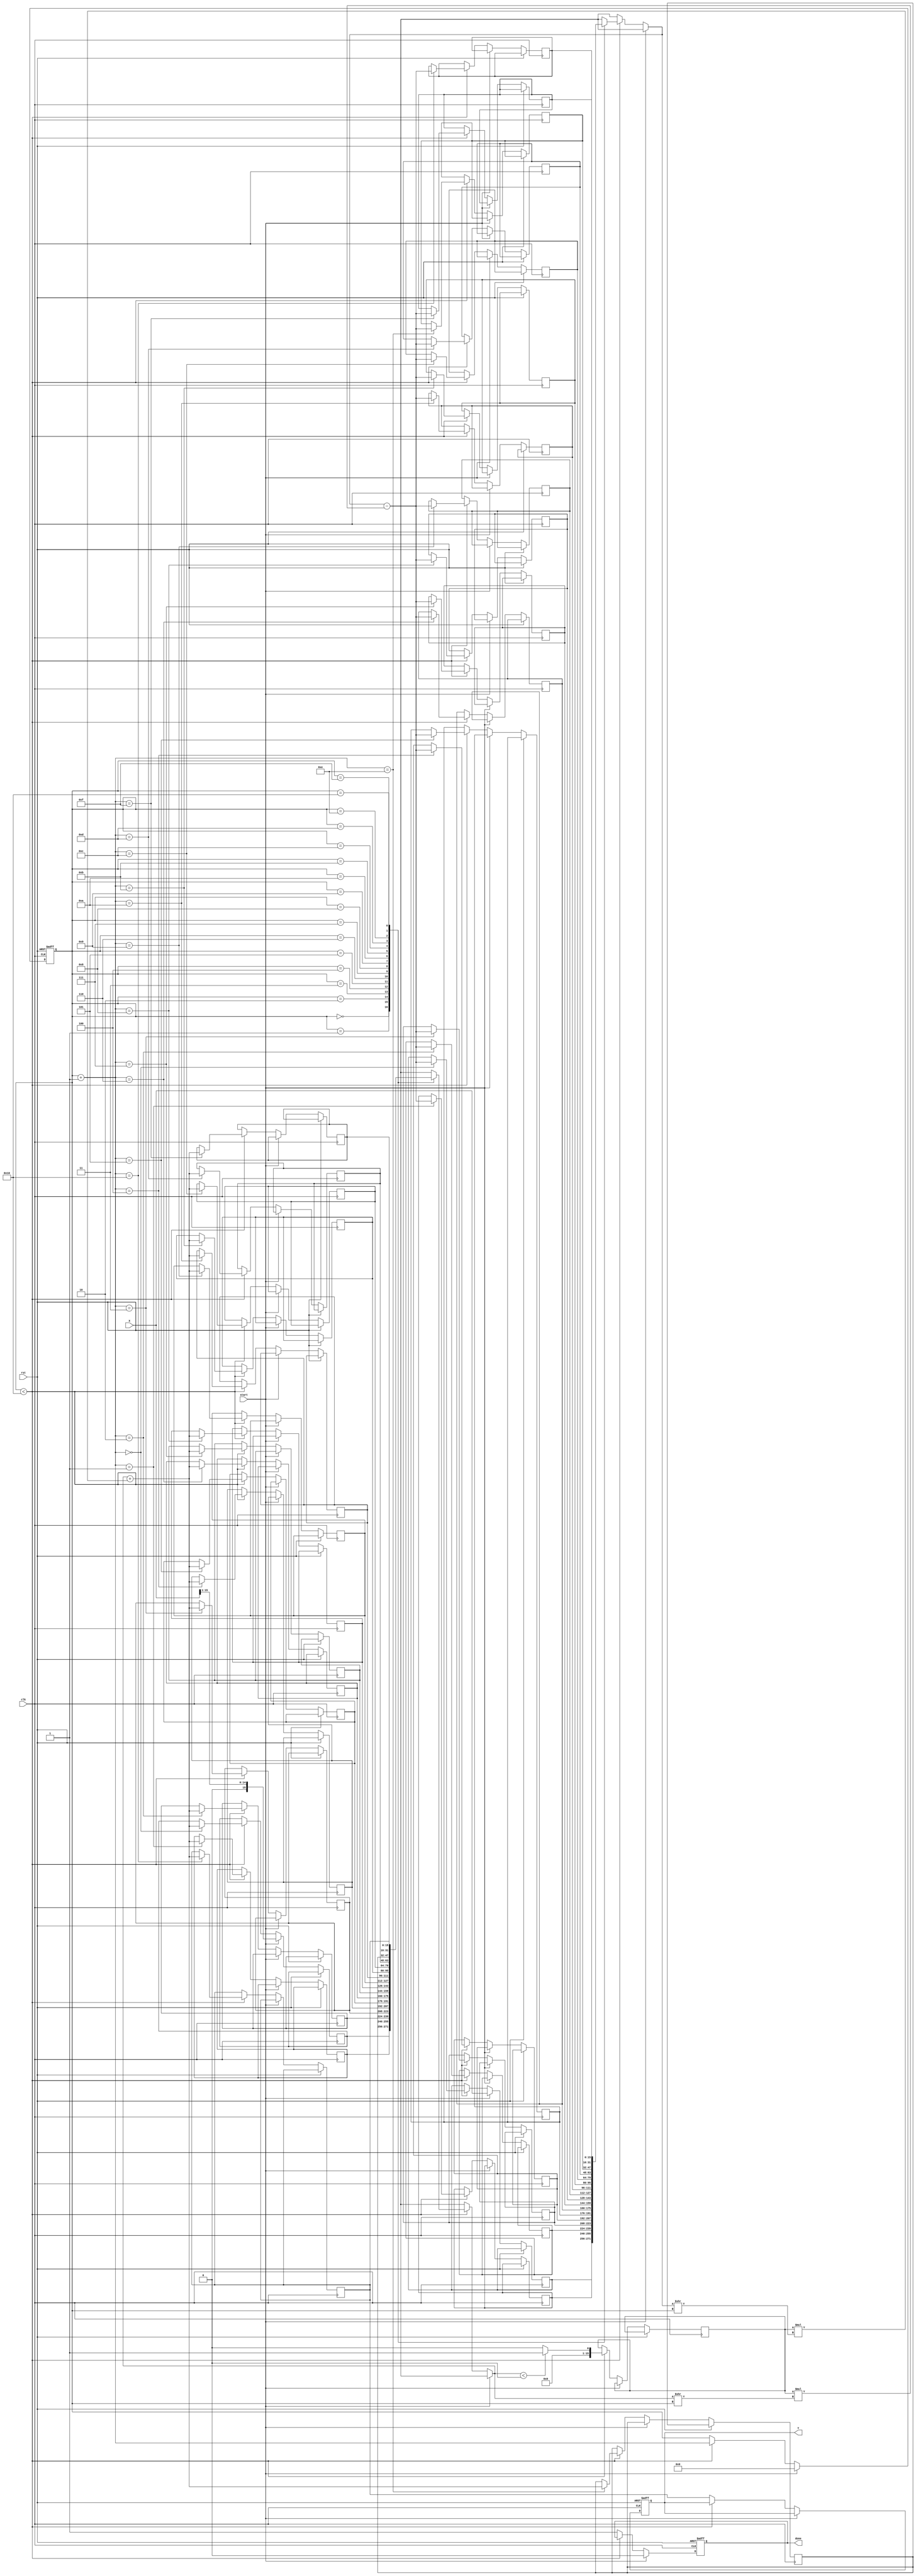
module cordic_sqrt #(
    parameter WIDTH = 16,      // Width of input X
    parameter ITERATIONS = 16  // Number of CORDIC iterations
)(
    input wire clk,            // Clock signal
    input wire rst,            // Reset signal
    input wire start,          // Start signal
    input wire [WIDTH-1:0] X,  // Input value (positive fixed-point number)
    output reg [WIDTH-1:0] Y,  // Output value (square root of X)
    output reg done            // Done signal
);

    // Internal registers
    reg [WIDTH-1:0] x[0:ITERATIONS]; // x values
    reg [WIDTH-1:0] y[0:ITERATIONS]; // y values
    reg [4:0] iteration;              // Iteration counter
    reg [WIDTH-1:0] d;                // Direction variable

    // CORDIC angle lookup table
    reg [WIDTH-1:0] angle [0:ITERATIONS-1];

    // Initialize angles for CORDIC rotations
    initial begin
        angle[0] = 16'h1; // 2^0
        angle[1] = 16'h1; // 2^1
        angle[2] = 16'h1; // 2^2
        angle[3] = 16'h1; // 2^3
        angle[4] = 16'h1; // 2^4
        angle[5] = 16'h1; // 2^5
        angle[6] = 16'h1; // 2^6
        angle[7] = 16'h1; // 2^7
        angle[8] = 16'h1; // 2^8
        angle[9] = 16'h1; // 2^9
        angle[10] = 16'h1; // 2^10
        angle[11] = 16'h1; // 2^11
        angle[12] = 16'h1; // 2^12
        angle[13] = 16'h1; // 2^13
        angle[14] = 16'h1; // 2^14
        angle[15] = 16'h1; // 2^15
    end

    // State machine for CORDIC iterations
    always @(posedge clk or posedge rst) begin
        if (rst) begin
            iteration <= 0;
            Y <= 0;
            done <= 0;
        end else if (start) begin
            // Initialization
            x[0] <= X;
            y[0] <= X >> 1; // Initial guess Y0 = X / 2
            iteration <= 0;
            done <= 0;
        end else if (iteration < ITERATIONS) begin
            // CORDIC iteration
            if (y[iteration] < 0) begin
                d <= 1; // Rotate clockwise
            end else begin
                d <= 0; // Rotate counterclockwise
            end

            // Perform rotation
            x[iteration + 1] <= x[iteration] - (d * (y[iteration] >> iteration));
            y[iteration + 1] <= y[iteration] + (d * (x[iteration] >> iteration));

            // Increment iteration counter
            iteration <= iteration + 1;
        end else begin
            // Final output after iterations
            Y <= y[ITERATIONS];
            done <= 1;
        end
    end
endmodule